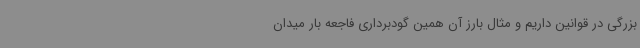
بزرگی در قوانین داریم و مثال بارز آن همین گودبرداری فاجعه بار میدان